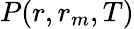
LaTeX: P(r,r_{m},T)